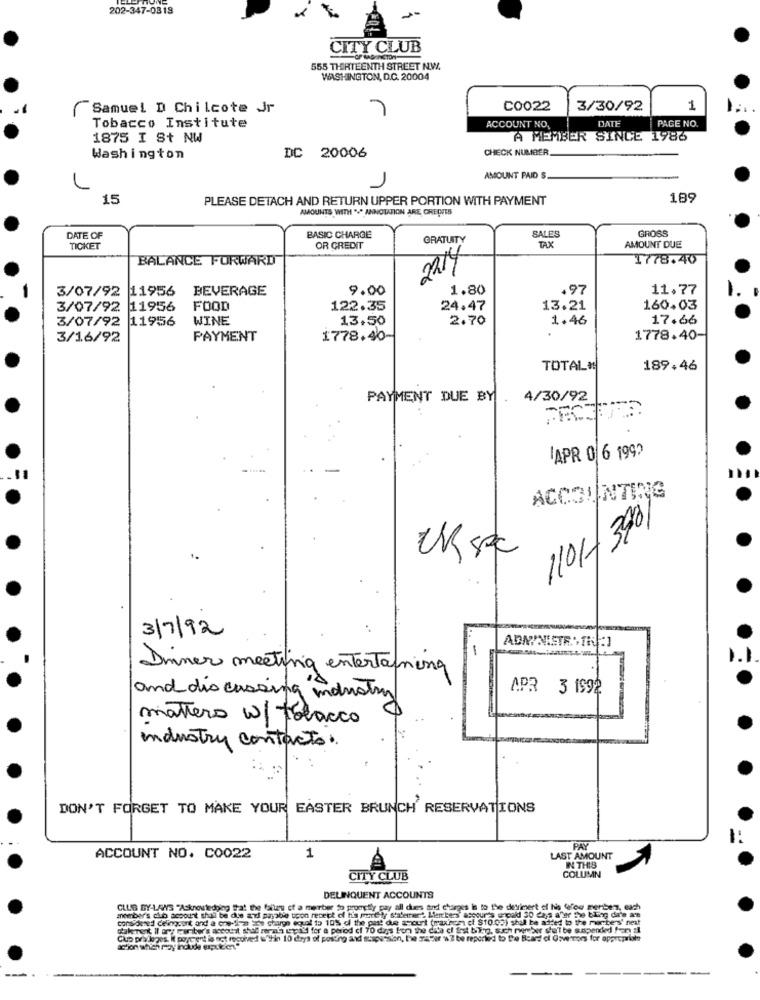
202-347-0319
CITY CLUB
555 THIRTEENTH STREET NW.
WASHINGTON, D.C. 20004
Samuel D Chilcote Jr
C0022
3/30/92
1
Tobacco Institute
DATE
PAGE NO
ACCOUNT NO.
1875 I St NW
A MEMBER SINCE 1986
DC 20006
CHECK NUMBER
Washington
AMOUNT PAID $
15
PLEASE DETACH AND RETURN UPPER PORTION WITH PAYMENT
185
AMOUNTS WITH " ANNOTATION ARE GREQUES
SALES
GROSS
DATE OF
BASIC CHARGE
GRATUITY
TICKET
OR CREDIT
TAX
AMOUNT DUE
BALANCE FORWARD
2214
1778.40
3/07/92
11956
BEVERAGE
9.00
1.80
.97
11.77
3/07/92 11956
FOOD
122.35
24.47
13.21
160.03
3/07/92 11956
WINE
13.50
2.70
1.46
17.66
3/16/92
PAYMENT
1778.40
1778.40-
TOTAL#
189.46
PAYMENT DUE BY
4/30/92
APR 0 6 199?
ACCOUNTING
1101-3901
3/7/92
Dinner meeting entertaining
APR 3 1992
and discussing industry
mattero w/ tobacco
industry contacto ..
DON'T FORGET TO MAKE YOUR EASTER BRUNCH RESERVATIONS
PAY
ACCOUNT NO. C0022
1
LAST AMOUNT
IN THIS
CITY CLUB
COLUMN
DELINQUENT ACCOUNTS
CLUB BY-LAWS "Acknowledging that the faltarg of a member to promptly pay all dues and charges le to the devimert of his (row merben, each
member's club account shall be due azt payable upon receipt of h's mundily staferrant Merkers'aspoures encold 30 days afer the bling da'e an
cons ouned celingsont and a one-fire toe charpe equal to 105 dl the past due amount (max'nci of $10.08) shul be added to the morbers' next
Rak Terit il ony tarber's account shal mer ah Len'd for a period cf 70 dips fon the dia el first bing. s.ich remeber she'T be suspended !an al
Clup pry le ges. It portent la not recoived w"Hin 10 days of posting and suspension, he saber AZ be reported to the Board of Governors for appropriate
action which may include up.kot"